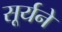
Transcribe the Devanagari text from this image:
सूर्यने